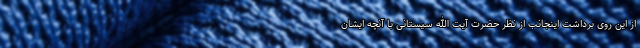
از این روی برداشت اینجانب از نظر حضرت آیت الله سیستانی با آنچه ایشان